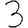
Digit: 3